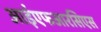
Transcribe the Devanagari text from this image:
आईएफआरसिएस